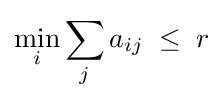
\min _{i}\sum _{j}a_{ij}\;\leq \;r